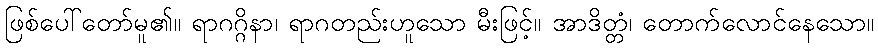
ဖြစ်ပေါ်တော်မူ၏။ ရာဂဂ္ဂိနာ၊ ရာဂတည်းဟူသော မီးဖြင့်။ အာဒိတ္တံ၊ တောက်လောင်နေသော။